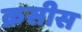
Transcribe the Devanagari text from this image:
क्रसीस